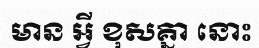
មាន អ្វី ខុសគ្នា នោះ